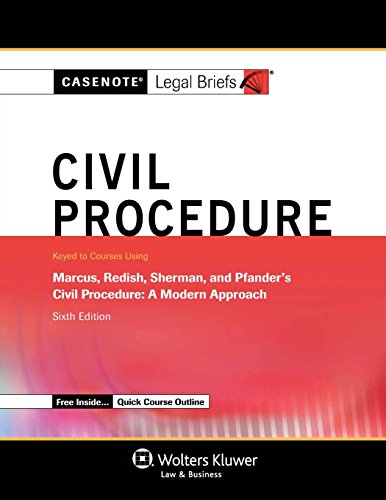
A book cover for Casenote Legal Briefs: Civil Procedure, Keyed to Marcus, Redish, Sherman, and Pfander, Sixth Edition; Casenote Legal Briefs; Law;